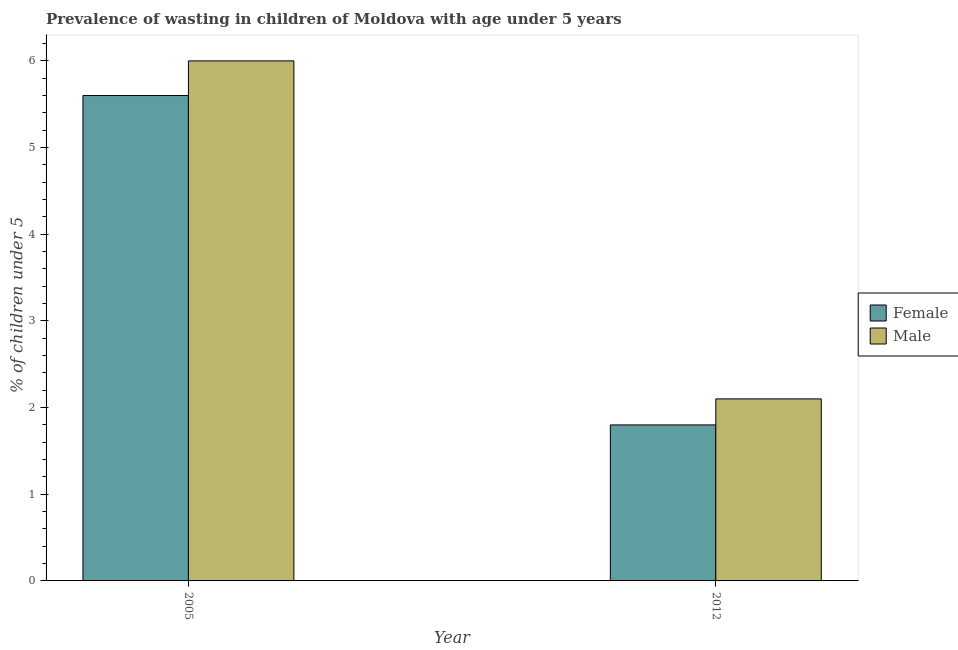
| Year | Female | Male |
 | --- | --- | --- |
 | 2005 | 5.6 | 6 |
 | 2012 | 1.8 | 2.1 |